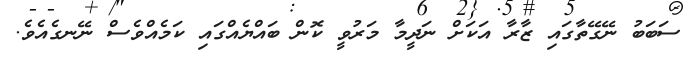
ސަބަބު ނޭގޭތާގައި ޒާރާ އަކަށް ނަދީމާ މަރުވީ ކޮން ބައްޔެއްގައި ކަމެއްވެސް ނޭނގެއެވެ.